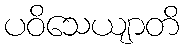
ပဝိသေယျာတိ